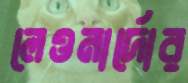
লেওনার্দোর